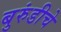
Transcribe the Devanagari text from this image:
बुरुंडीचे